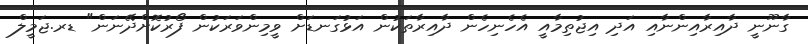
ގާނޫނީ ދާއިރާއިންނާއި އަދި އިޖުތިމާއީ އެހެނިހެން ދާއިރާތަކުން އަޅުގަނޑަށް ވީމިންވަރަކުން ފޯރުކޮށްދޭނަން" ޑރ.ޖަމީލް